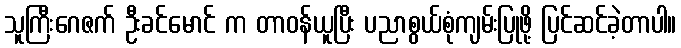
သူကြီးဂေဇက် ဦးခင်မောင် က တာဝန်ယူပြီး ပညာစွယ်စုံကျမ်းပြုဖို့ ပြင်ဆင်ခဲ့တာပါ။